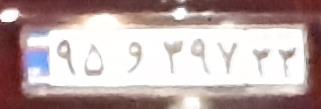
۹۵و۳۹۷۲۲